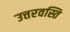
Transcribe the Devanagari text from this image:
उत्तरवस्ति